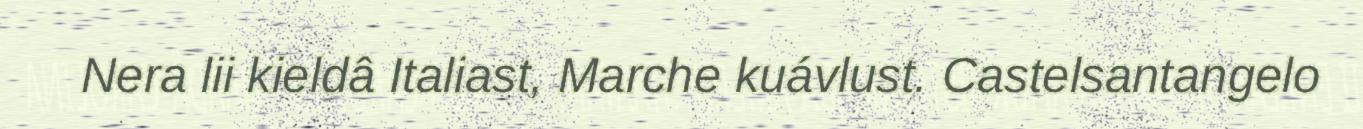
Nera lii kieldâ Italiast, Marche kuávlust. Castelsantangelo